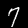
Label: 7